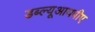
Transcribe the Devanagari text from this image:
डब्ल्यूआयपीए